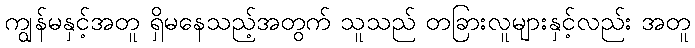
ကျွန်မနှင့်အတူ ရှိမနေသည့်အတွက် သူသည် တခြားလူများနှင့်လည်း အတူ